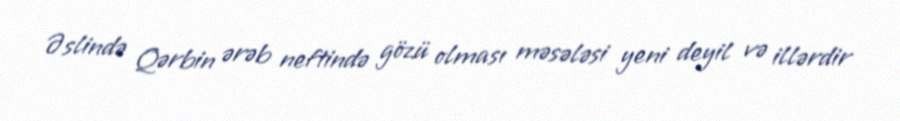
Əslində Qərbin ərəb neftində gözü olması məsələsi yeni deyil və illərdir